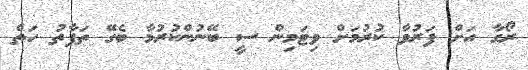
ރޯގާ އަށް ފަރުވާ ކުރުމަށް ވިޓަމިން ސީ ބޭނުންކުރުމާ ބެގޭ ތަފާތު ހަތް